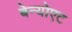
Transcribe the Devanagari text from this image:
बेन्योएट